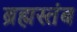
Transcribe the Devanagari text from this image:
ब्रह्मस्तंब